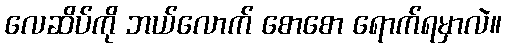
လေဆိပ်ကို ဘယ်လောက် စောစော ရောက်ရမှာလဲ။